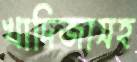
খাদিজাসহ